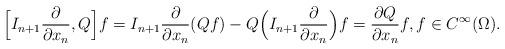
LaTeX: \begin{align*} \Bigl[I_{n+1}\frac{\partial }{\partial x_n},Q\Bigr]f = I_{n+1}\frac{\partial }{\partial x_n}(Qf) - Q \Bigl(I_{n+1}\frac{\partial }{\partial x_n}\Bigr)f = \frac{\partial Q}{\partial x_n}f,f\in C^{\infty}(\Omega). \end{align*}